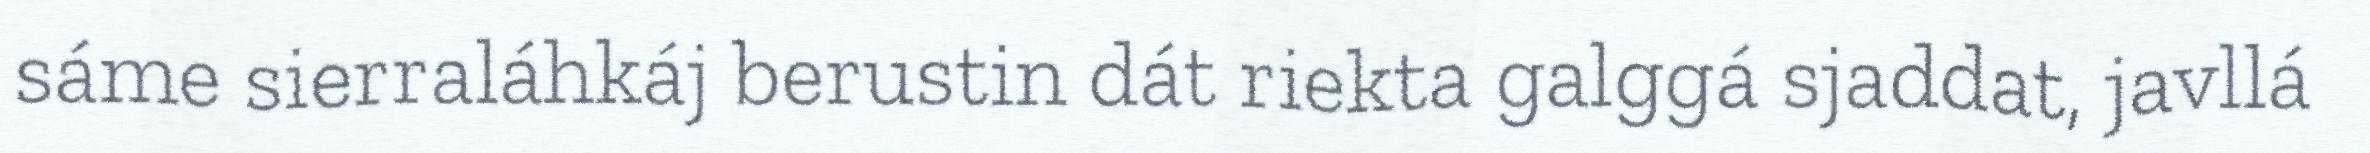
sáme sierraláhkáj berustin dát riekta galggá sjaddat, javllá